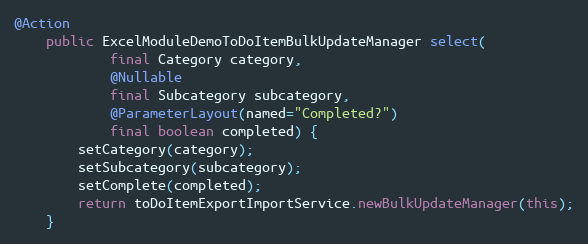
Language: Java
@Action
    public ExcelModuleDemoToDoItemBulkUpdateManager select(
            final Category category,
            @Nullable
            final Subcategory subcategory,
            @ParameterLayout(named="Completed?")
            final boolean completed) {
        setCategory(category);
        setSubcategory(subcategory);
        setComplete(completed);
        return toDoItemExportImportService.newBulkUpdateManager(this);
    }